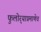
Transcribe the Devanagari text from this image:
फुलोर्‍याप्रमाणेच